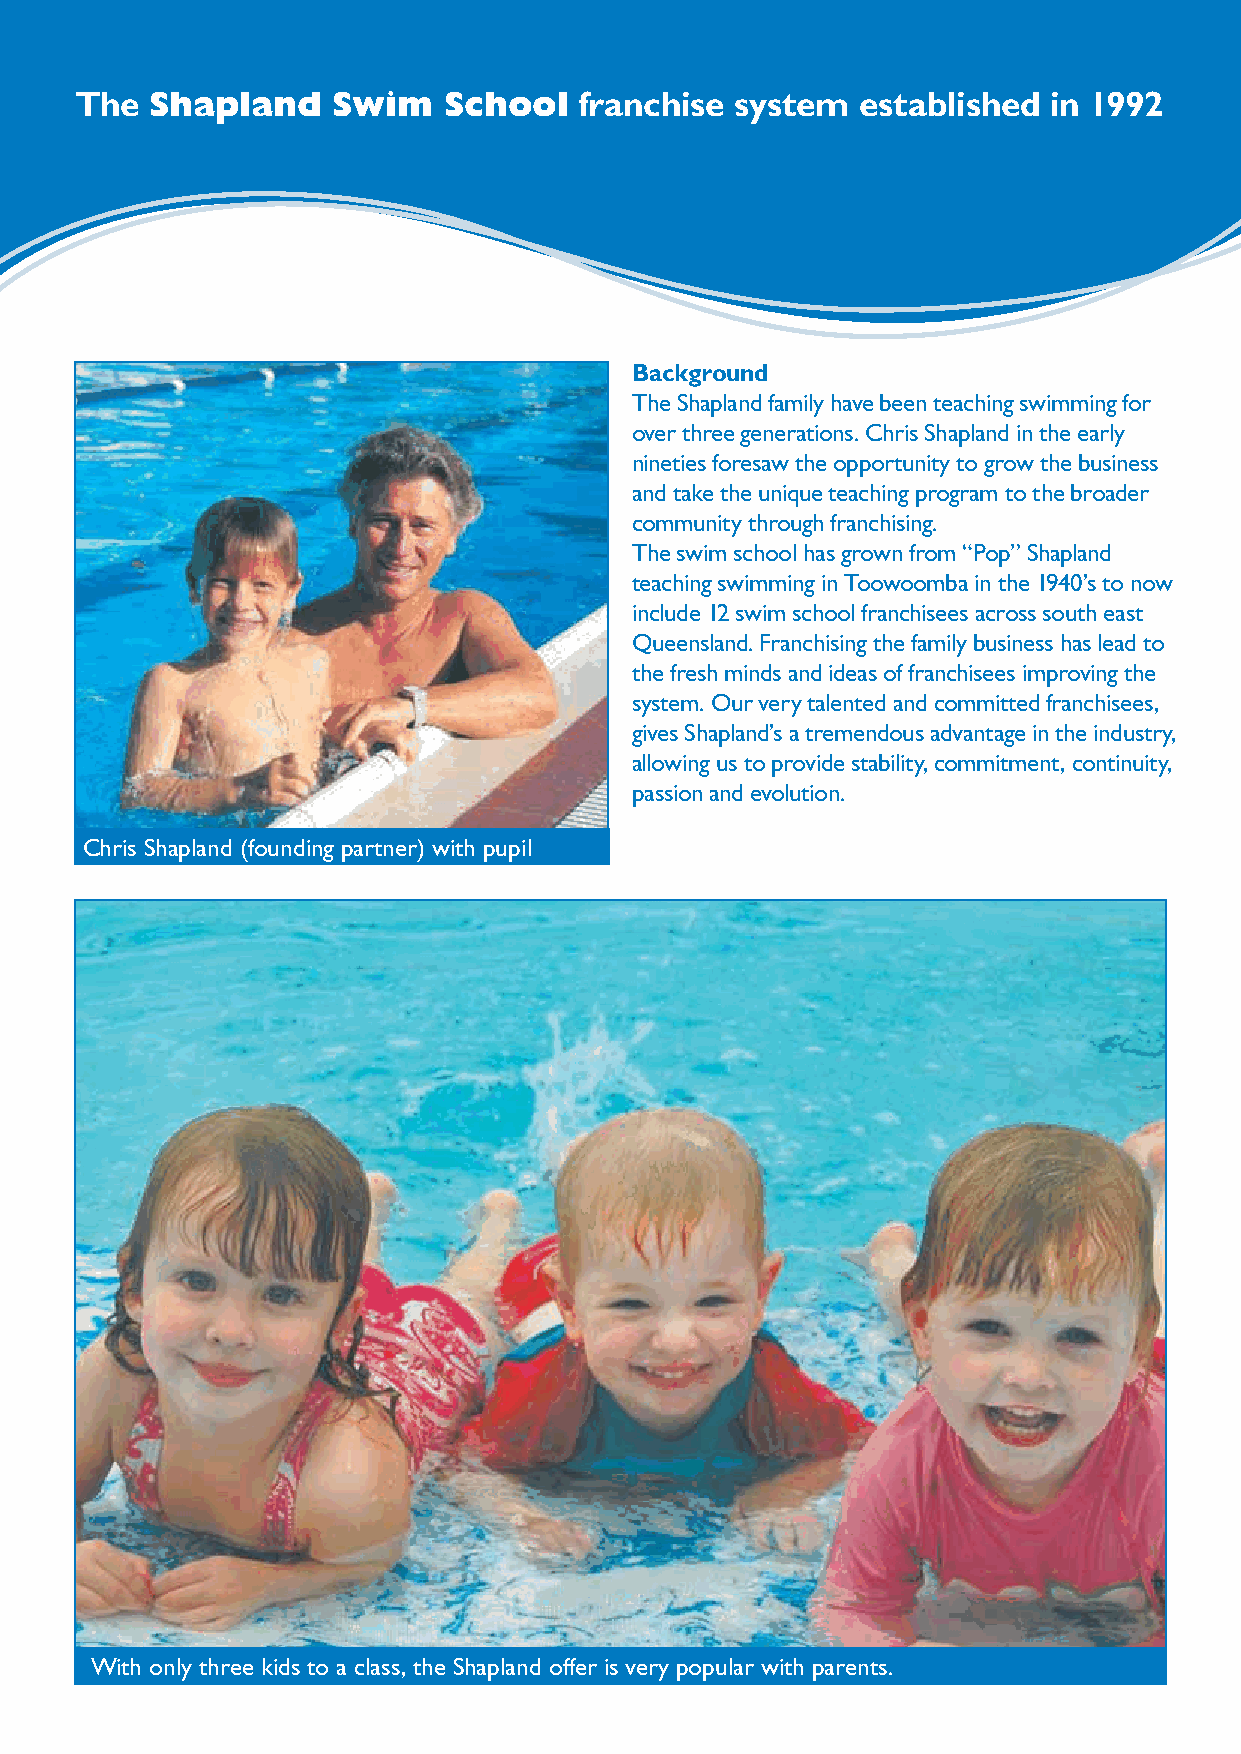
The  Shapland    Swim   School   franchise  system  established in 1992
 Background
 The Shapland family have been teaching swimming for
 over three generations. Chris Shapland in the early
 nineties foresaw the opportunity to grow the business
 and take the unique teaching program to the broader
 community through franchising.
 The swim school has grown from “Pop” Shapland
 teaching swimming in Toowoomba in the 1940’s to now
 include 12 swim school franchisees across south east
 Queensland. Franchising the family business has lead to
 the fresh minds and ideas of franchisees improving the
 system. Our very talented and committed franchisees,
 gives Shapland’s a tremendous advantage in the industry,
 allowing us to provide stability, commitment, continuity,
 passion and evolution.
 Chris Shapland (founding partner) with pupil
 With only three kids to a class, the Shapland offer is very popular with parents.